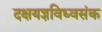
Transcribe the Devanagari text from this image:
दक्षयज्ञविध्वसंक